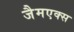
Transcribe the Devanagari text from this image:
जैमएक्स